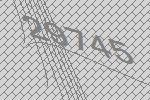
29745